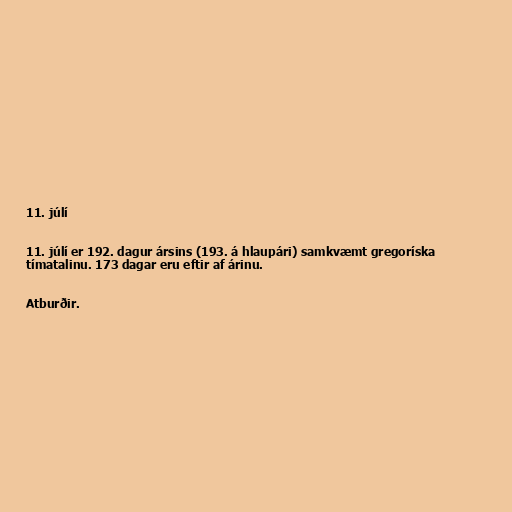
11. júlí

11. júlí er 192. dagur ársins (193. á hlaupári) samkvæmt gregoríska
tímatalinu. 173 dagar eru eftir af árinu.

Atburðir.